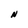
Character: N